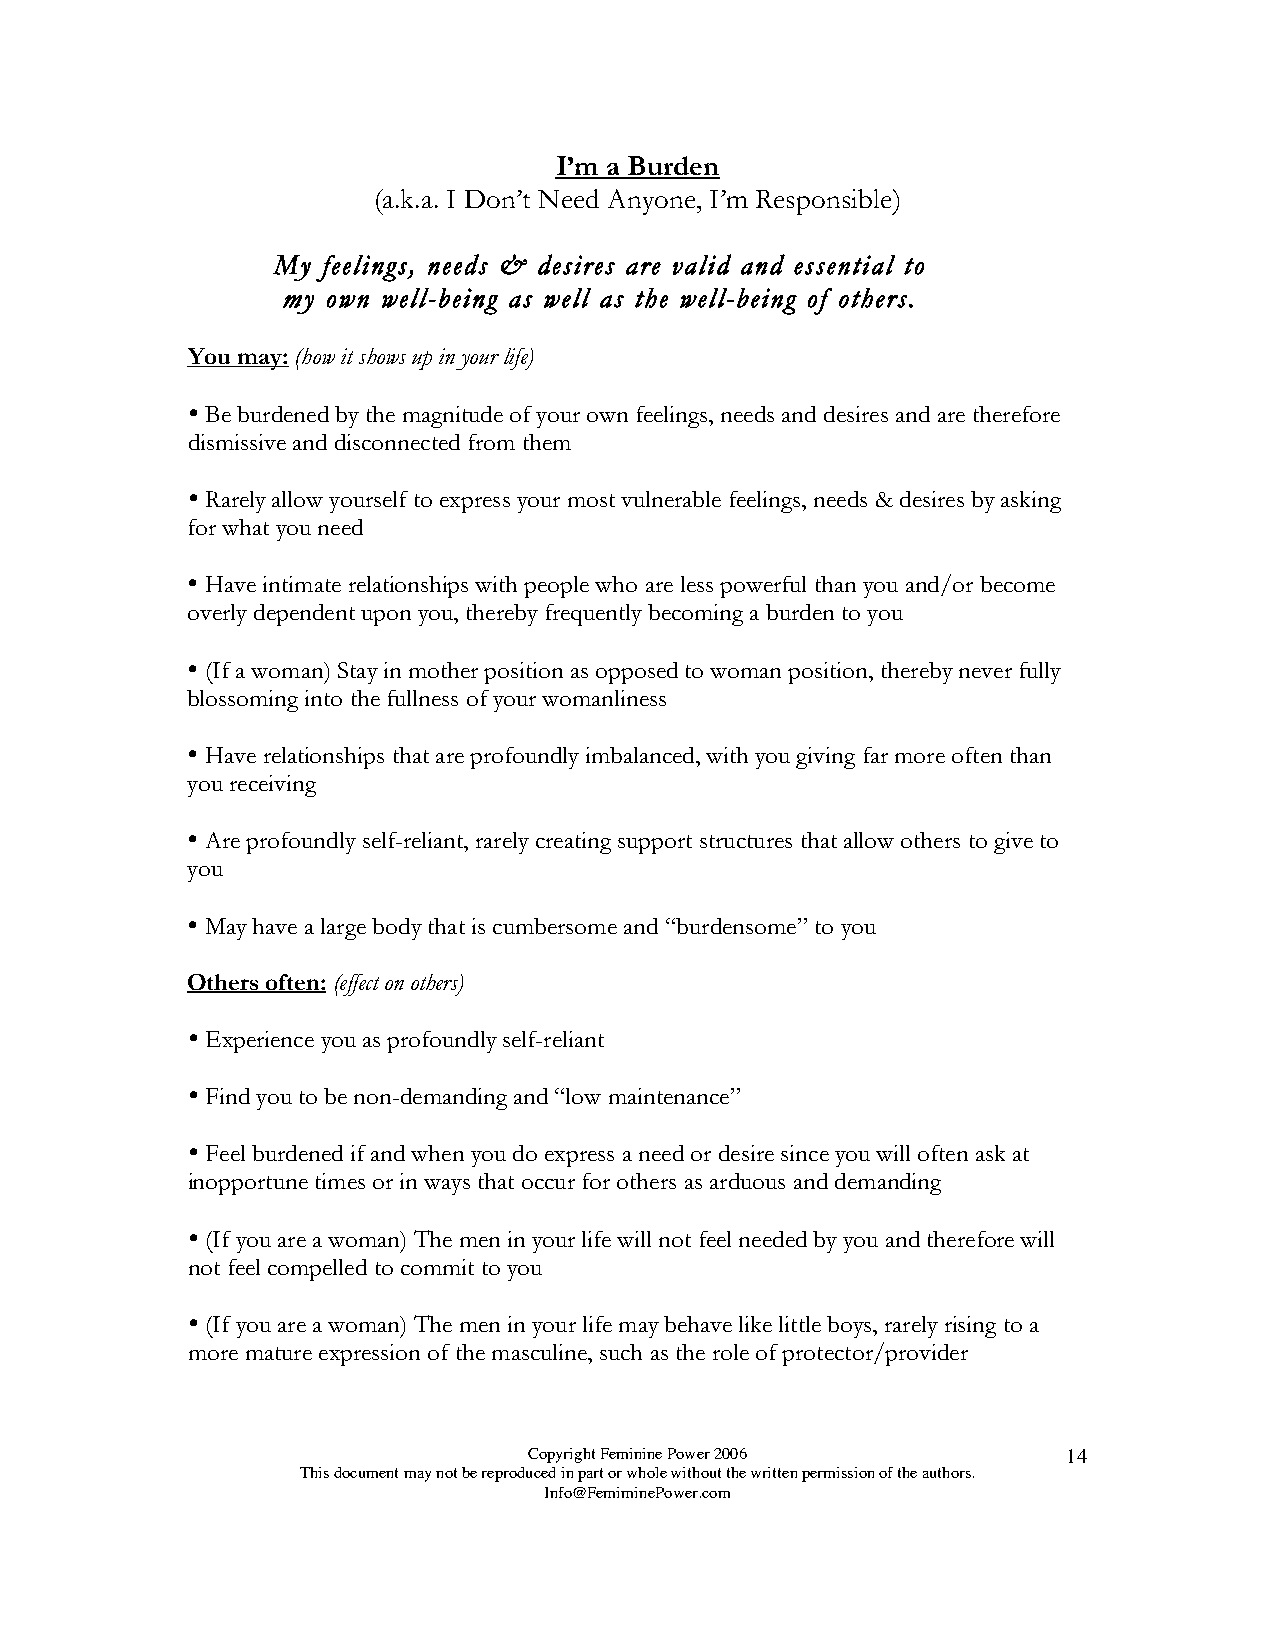
I’m a Burden
 (a.k.a. I Don’t Need Anyone, I’m Responsible)
 My feelings, needs & desires are valid and essential to
 my own well-being as well as the well-being of others.
 You may: (how it shows up in your life)
 
 Be burdened by the magnitude of your own feelings, needs and desires and are therefore
 dismissive and disconnected from them
 
 Rarely allow yourself to express your most vulnerable feelings, needs & desires by asking
 for what you need
 
 Have intimate relationships with people who are less powerful than you and/or become
 overly dependent upon you, thereby frequently becoming a burden to you
 
 (If a woman) Stay in mother position as opposed to woman position, thereby never fully
 blossoming into the fullness of your womanliness
 
 Have relationships that are profoundly imbalanced, with you giving far more often than
 you receiving
 
 Are profoundly self-reliant, rarely creating support structures that allow others to give to
 you
 
 May have a large body that is cumbersome and “burdensome” to you
 Others often: (effect on others)
 
 Experience you as profoundly self-reliant
 
 Find you to be non-demanding and “low maintenance”
 
 Feel burdened if and when you do express a need or desire since you will often ask at
 inopportune times or in ways that occur for others as arduous and demanding
 
 (If you are a woman) The men in your life will not feel needed by you and therefore will
 not feel compelled to commit to you
 
 (If you are a woman) The men in your life may behave like little boys, rarely rising to a
 more mature expression of the masculine, such as the role of protector/provider
 Copyright Feminine Power 2006       14
 This document may not be reproduced in part or whole without the written permission of the authors.
 Info@FemiminePower.com